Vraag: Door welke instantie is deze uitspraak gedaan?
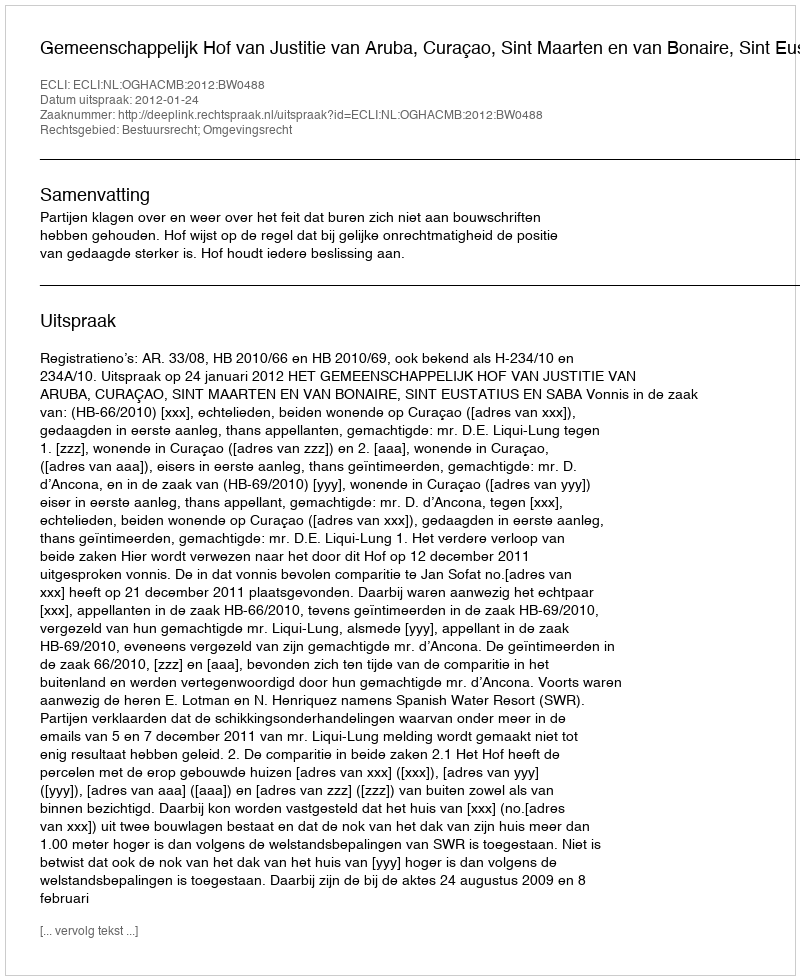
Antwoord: Gemeenschappelijk Hof van Justitie van Aruba, Curaçao, Sint Maarten en van Bonaire, Sint Eustatius en Saba